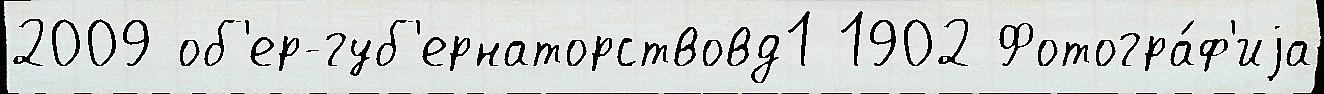
2009 об'ер-губ'ернаторствовд1 1902 Фотогра́ф'иjа